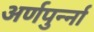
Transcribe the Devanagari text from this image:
अर्णपुर्न्ना